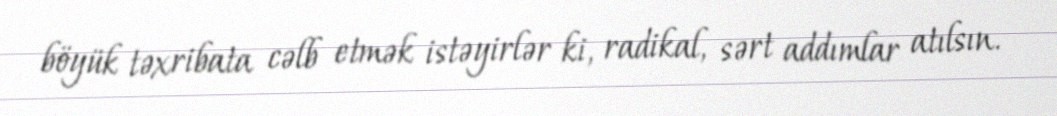
böyük təxribata cəlb etmək istəyirlər ki, radikal, sərt addımlar atılsın.